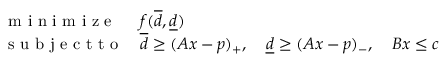
\begin{array} { l l } { \mathrm { ~ m ~ i ~ n ~ i ~ m ~ i ~ z ~ e ~ } } & { f ( \overline { d } , \underline { d } ) } \\ { \mathrm { ~ s ~ u ~ b ~ j ~ e ~ c ~ t ~ t ~ o ~ } } & { \overline { d } \geq ( A x - p ) _ { + } , \quad \underline { d } \geq ( A x - p ) _ { - } , \quad B x \leq c } \end{array}